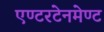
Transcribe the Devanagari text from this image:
एण्टरटेनमेण्ट